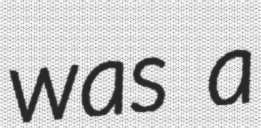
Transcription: was a